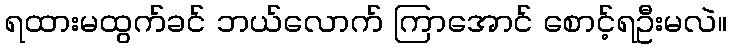
ရထားမထွက်ခင် ဘယ်လောက် ကြာအောင် စောင့်ရဦးမလဲ။